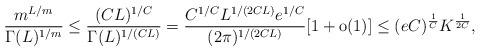
LaTeX: \begin{align*}\frac{m^{L/m}}{\Gamma(L)^{1/m}}\leq \frac{(CL)^{1/C}}{\Gamma(L)^{1/(CL)}}=\frac{C^{1/C} L^{1/(2CL)} e^{1/C}}{(2\pi)^{1/(2CL)}} [1+\textrm{o}(1)]\leq (eC)^{\frac 1C} K^{\frac 1{2C}},\end{align*}